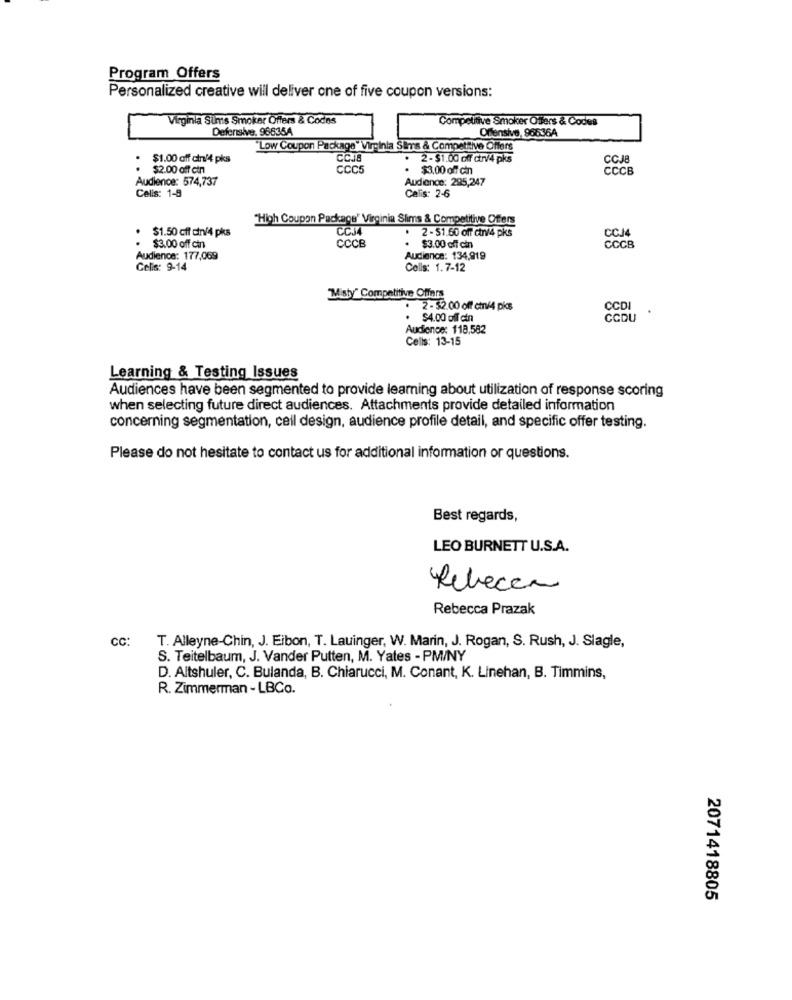
Program Offers
Personalized creative will deliver one of five coupon versions:
Virginia Sums Smoker Offers & Codes
Competitive Smoker Offers & Codes
Defensive. 96835A
Offensive, 96636A
"Low Coupon Package" Virginia Sims & Competitive Offers
$1.00 off cin14 pks
CCJ8
. 2 - $1.00 off ctrv4 pks
CCJE
..
$2.00 off cin
CCC5
$3.00 off cin
CCCB
Audience: 574,737
Audience: 295,247
Calis: 2-6
Celis: 1-9
"High Coupon Package" Virginia Slims & Competitive Offers
$1.50 off din/4 pks
CCJ4
2 - $1.50 off ctn/4 pks
CCCB
CCJ
$3.00 off cin
.
$3.00 off cin
CCCB
Audience: 177,069
Audience: 134,919
Celis: 9-14
Cells: 1.7-12
Misty" Competitive Offers
2 -32.00 off chn/4 pics
CCDI
· $4.00 off ein
CCDU
Audionon: 118,582
Cells: 13-15
Learning & Testing Issues
Audiences have been segmented to provide learning about utilization of response scoring
when selecting future direct audiences. Attachments provide detailed information
concerning segmentation, cell design, audience profile detail, and specific offer testing.
Please do not hesitate to contact us for additional information or questions.
Best regards,
LEO BURNETT U.S.A.
Rebecca
Rebecca Prazak
CC:
T. Alleyne-Chin, J. Eibon, T. Lauinger, W. Marin, J. Rogan, S. Rush, J. Slagle,
S. Teitelbaum, J. Vander Putten, M. Yates - PM/NY
D. Altshuler, C. Bulanda, B. Chiarucci, M. Conant, K. Linehan, B. Timmins,
R. Zimmerman - LBCo.
2071418805